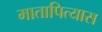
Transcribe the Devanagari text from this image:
मातापित्यास